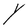
Character: Y